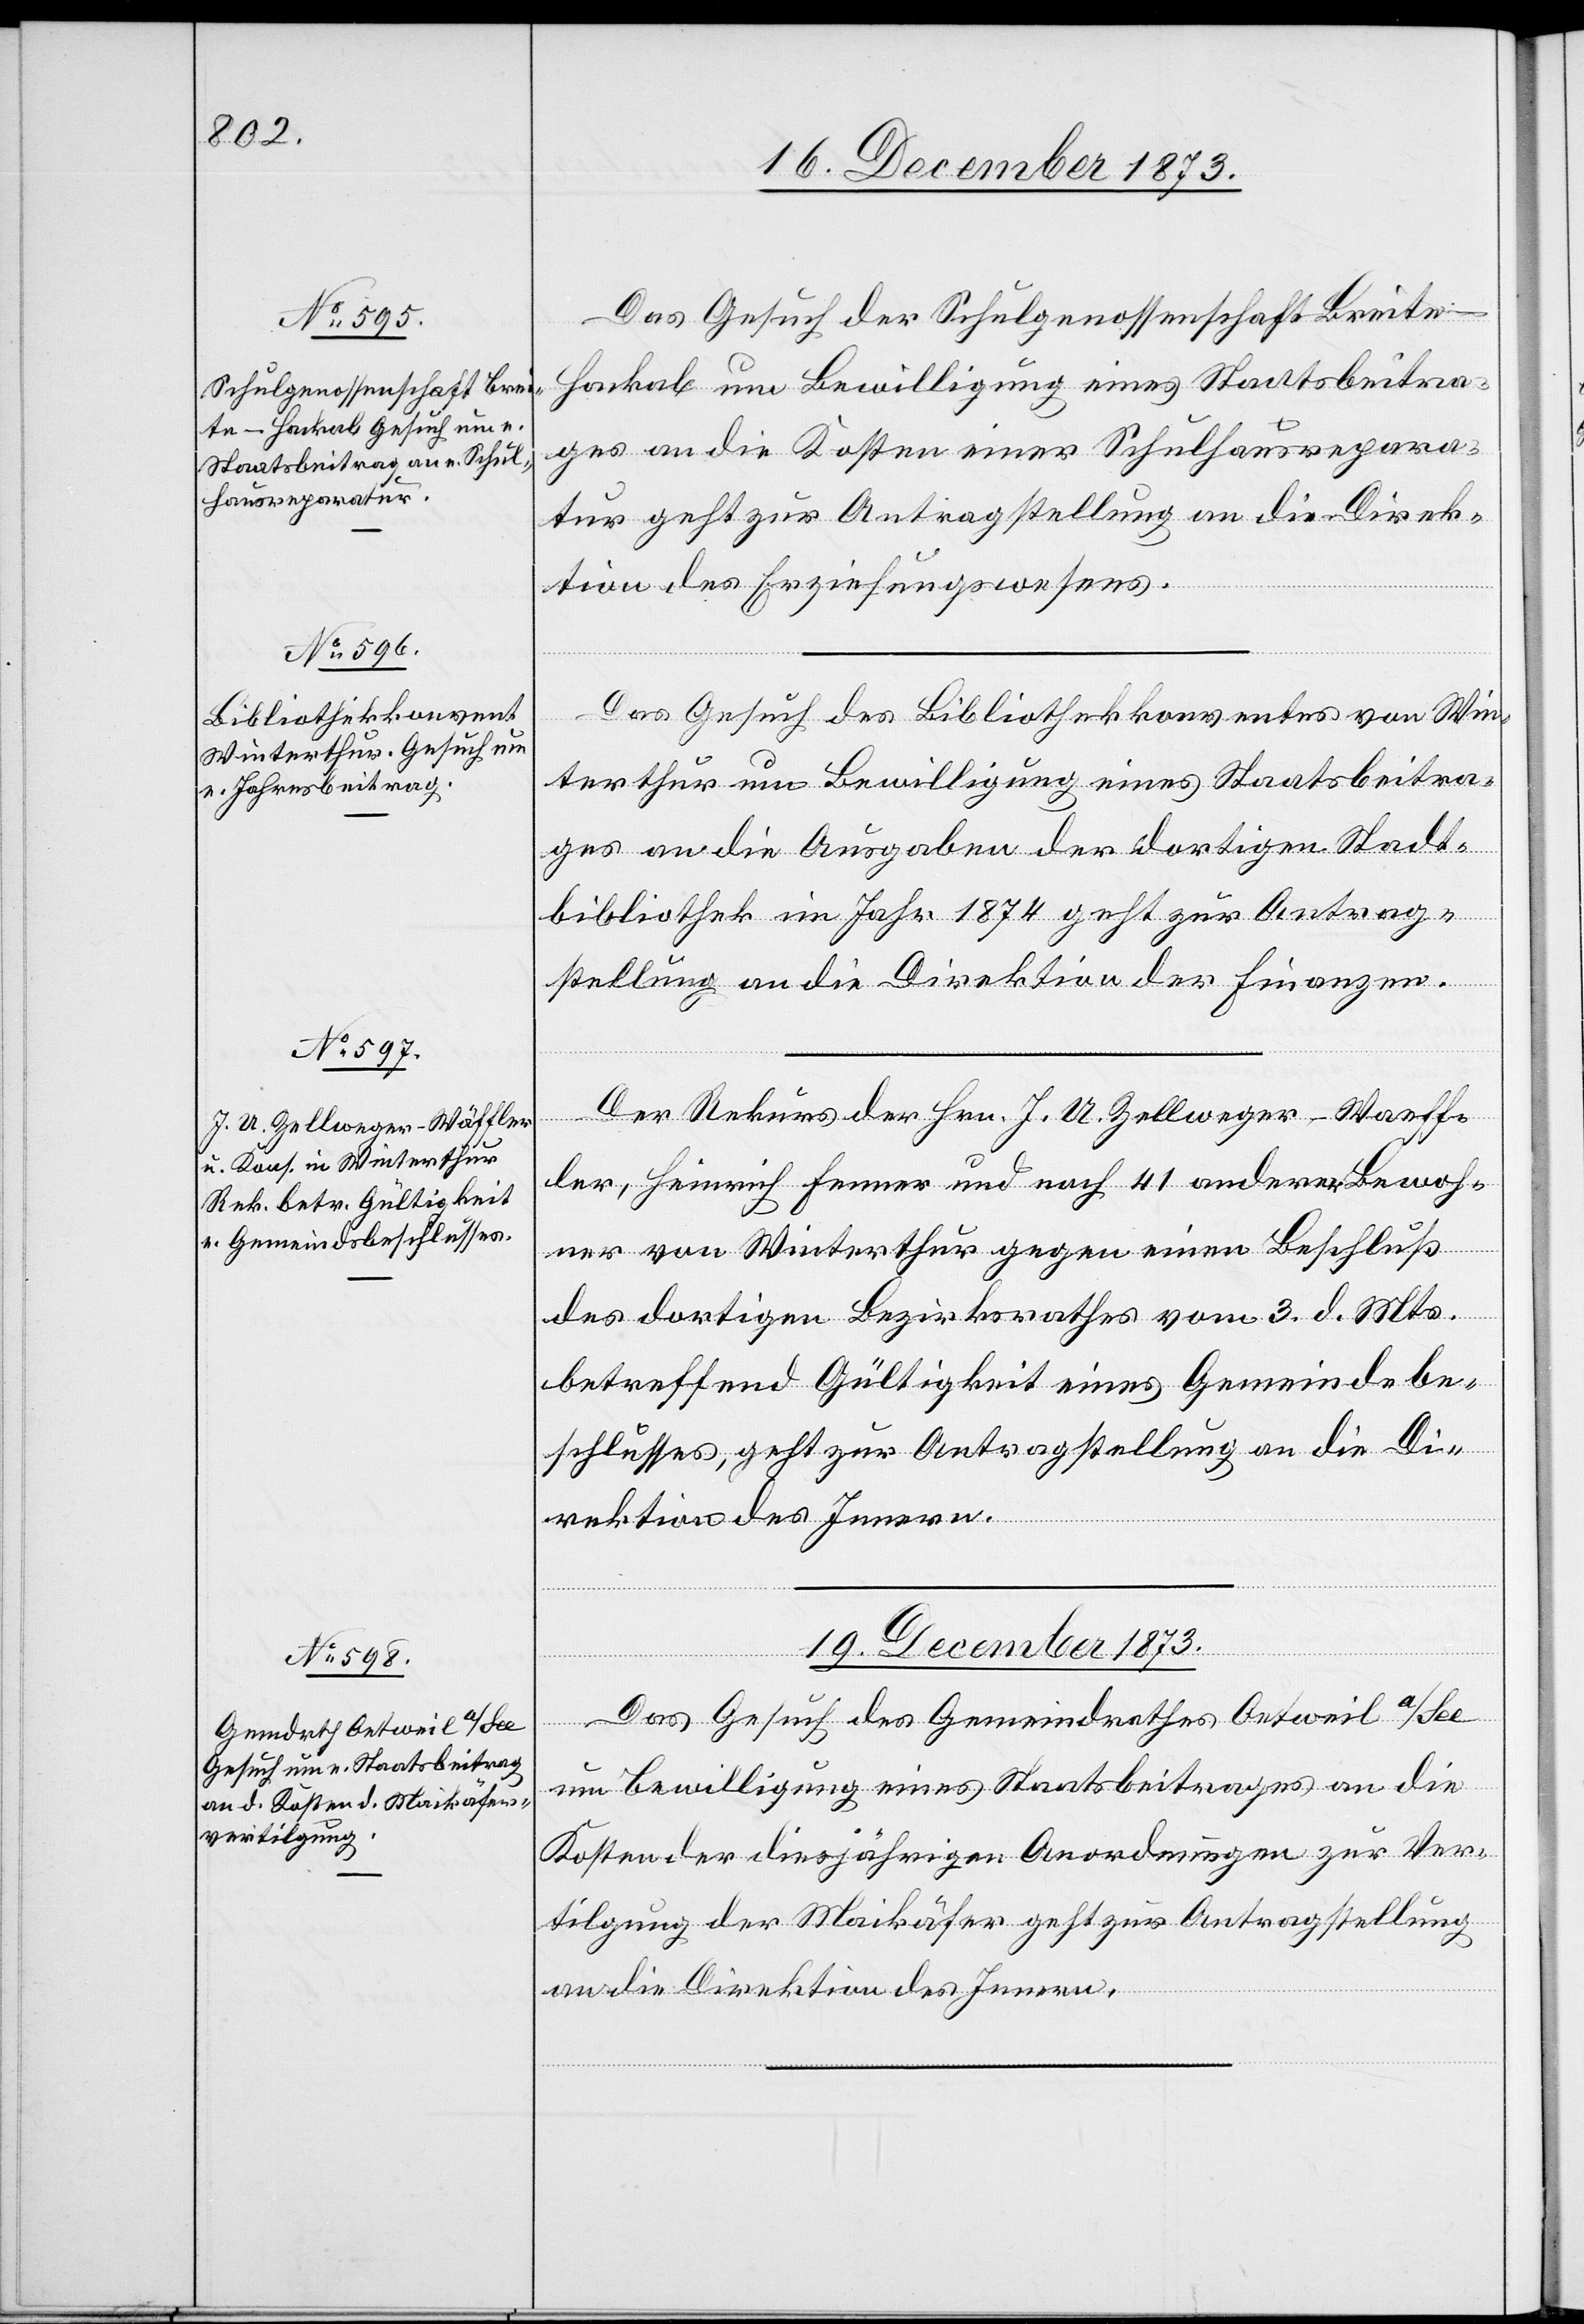
18. December 1873.]
Das Gesuch der Schulgenossenschaft Breite-H¬
ackab um Bewilligung eines Staatsbeitra¬
ges an die Kosten einer Schulhausrepara¬
tur geht zur Antragstellung an die Direk¬
tion des Erziehungswesens.
Das Gesuch des Bibliothekkonventes von Win¬
terthur um Bewilligung eines Staatsbeitra¬
ges an die Ausgaben der dortigen Stadt¬
bibliothek im Jahr 1874 geht zur Antrag¬
stellung an die Direktion der Finanzen.
Der Rekurs der Hrn. J. U. Zellweger-Waeff¬
ler, Heinrich Fenner und noch 41 anderer Bewoh¬
ner von Winterthur gegen einen Beschluß
des dortigen Bezirksrathes vom 3. d. Mts.
betreffend Gültigkeit eines Gemeindebe¬
schlusses, geht zur Antragstellung an die Di¬
rektion des Innern.
19. December 1873.
Das Gesuch des Gemeindrathes Oetweil a/See
um Bewilligung eines Staatsbeitrages an die
Kosten der diesjährigen Anordnungen zur Ver¬
tilgung der Maikäfer geht zur Antragstellung
an die Direktion des Innern.